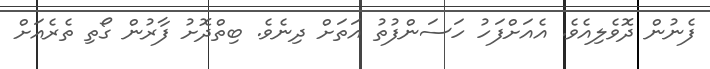
ފެނުން ދޮވެލިއެވެ. އެއަށްފަހު ހަސަންފުތު އަތަށް ދިނެވެ. ބިތްދޮށު ފާރުން ގޯތި ތެރެއަށް